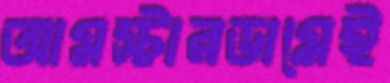
আমস্টারডামেই